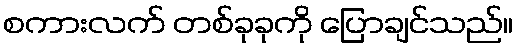
စကားလက် တစ်ခုခုကို ပြောချင်သည်။